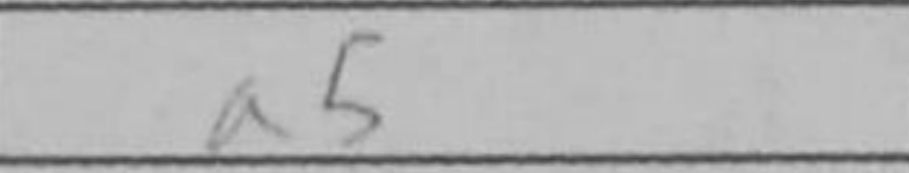
Transcription: a5